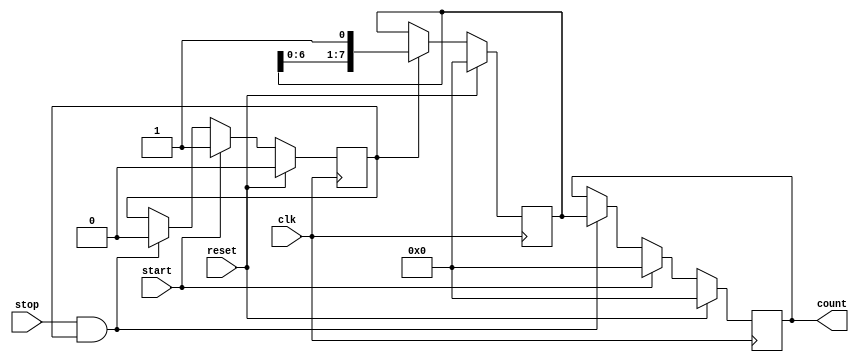
module TDC (
    input wire clk,            // Clock signal
    input wire reset,          // Reset signal
    input wire start,          // Start signal
    input wire stop,           // Stop signal
    output reg [N-1:0] count   // Output count (digital code)
);
    parameter N = 8;           // Number of delay elements (resolution)
    reg [N-1:0] delay_line;    // Delay line
    reg measuring;              // Flag to indicate measuring state

    // Delay line generation
    always @(posedge clk) begin
        if (reset) begin
            delay_line <= 0;    // Reset delay line
        end else if (measuring) begin
            delay_line <= {delay_line[N-2:0], 1'b1}; // Shift in the start signal
        end
    end

    // Control logic
    always @(posedge clk) begin
        if (reset) begin
            measuring <= 0;      // Reset measuring flag
            count <= 0;          // Reset count
        end else if (start) begin
            measuring <= 1;      // Start measuring
            count <= 0;          // Reset count at start
        end else if (stop && measuring) begin
            count <= delay_line; // Capture the current state of the delay line
            measuring <= 0;      // Stop measuring
        end
    end
endmodule